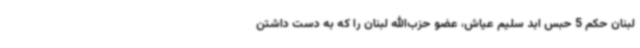
لبنان حکم 5 حبس ابد سلیم عیاش، عضو حزب‌الله لبنان را که به دست داشتن